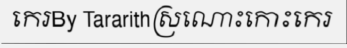
កេរBy Tararithស្រណោះកោះកេរ